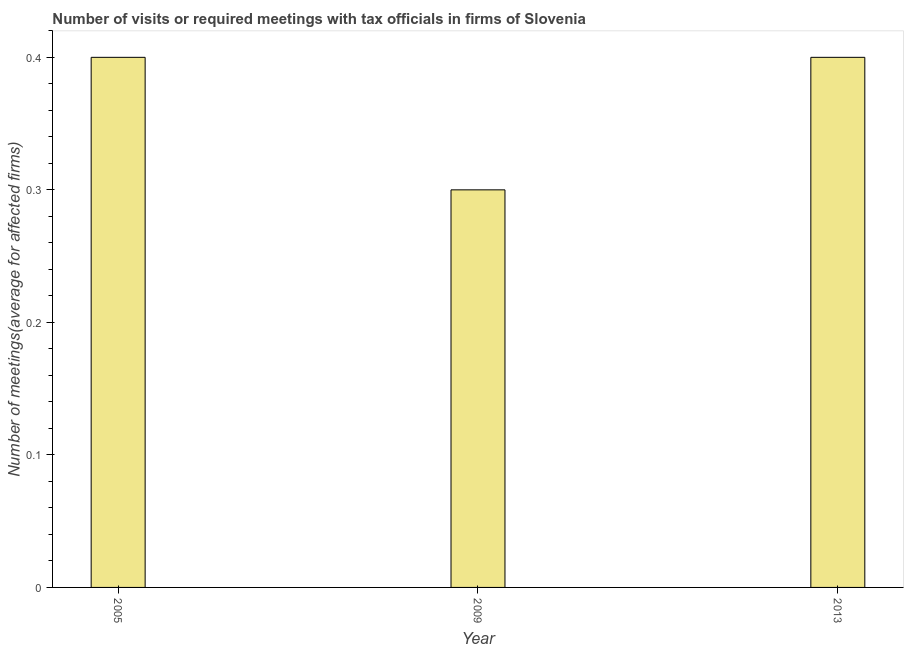
| Year | Meetings with tax officials |
 | --- | --- |
 | 2005 | 0.4 |
 | 2009 | 0.3 |
 | 2013 | 0.4 |